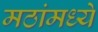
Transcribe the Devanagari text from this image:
मठांमध्ये